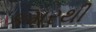
કમરથી